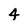
Character: 4